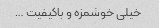
خیلی خوشمزه و باکیفیت …